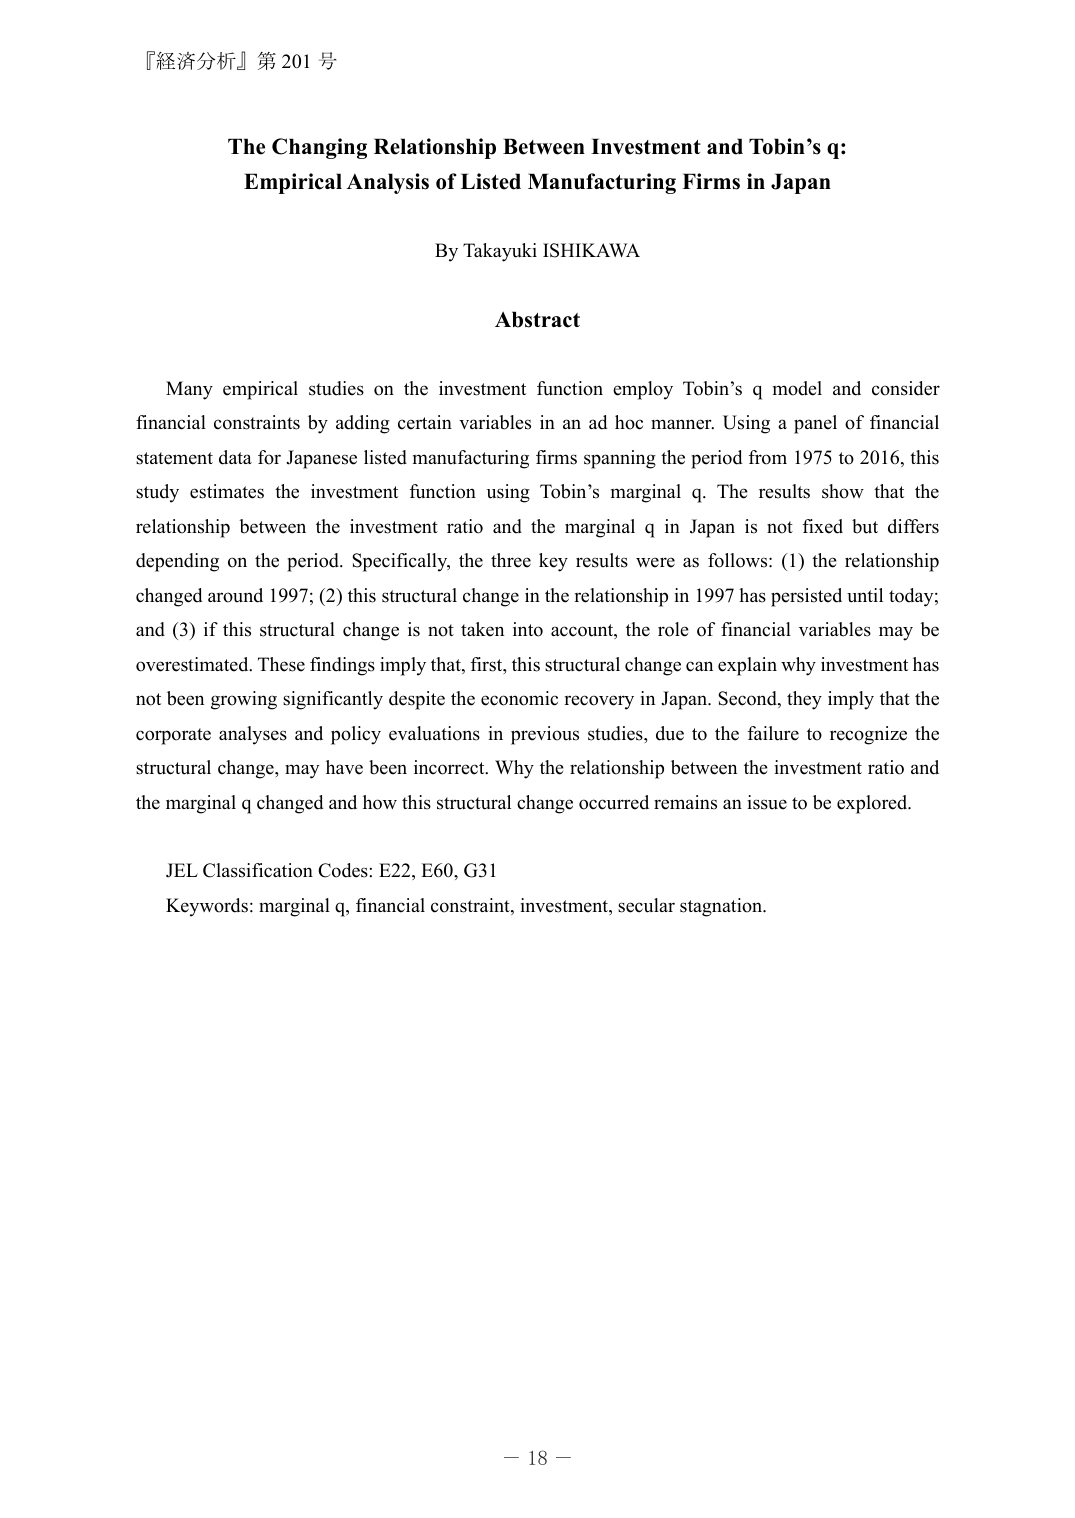
『経済分析』第 201 号

The Changing Relationship Between Investment and Tobin’s q:
Empirical Analysis of Listed Manufacturing Firms in Japan

By Takayuki ISHIKAWA

Abstract

Many empirical studies on the investment function employ Tobin’s q model and consider financial constraints by adding certain variables in an ad hoc manner. Using a panel of financial statement data for Japanese listed manufacturing firms spanning the period from 1975 to 2016, this study estimates the investment function using Tobin’s marginal q. The results show that the relationship between the investment ratio and the marginal q in Japan is not fixed but differs depending on the period. Specifically, the three key results were as follows: (1) the relationship changed around 1997; (2) this structural change in the relationship in 1997 has persisted until today; and (3) if this structural change is not taken into account, the role of financial variables may be overestimated. These findings imply that, first, this structural change can explain why investment has not been growing significantly despite the economic recovery in Japan. Second, they imply that the corporate analyses and policy evaluations in previous studies, due to the failure to recognize the structural change, may have been incorrect. Why the relationship between the investment ratio and the marginal q changed and how this structural change occurred remains an issue to be explored.

JEL Classification Codes: E22, E60, G31
Keywords: marginal q, financial constraint, investment, secular stagnation.

－ 18 －